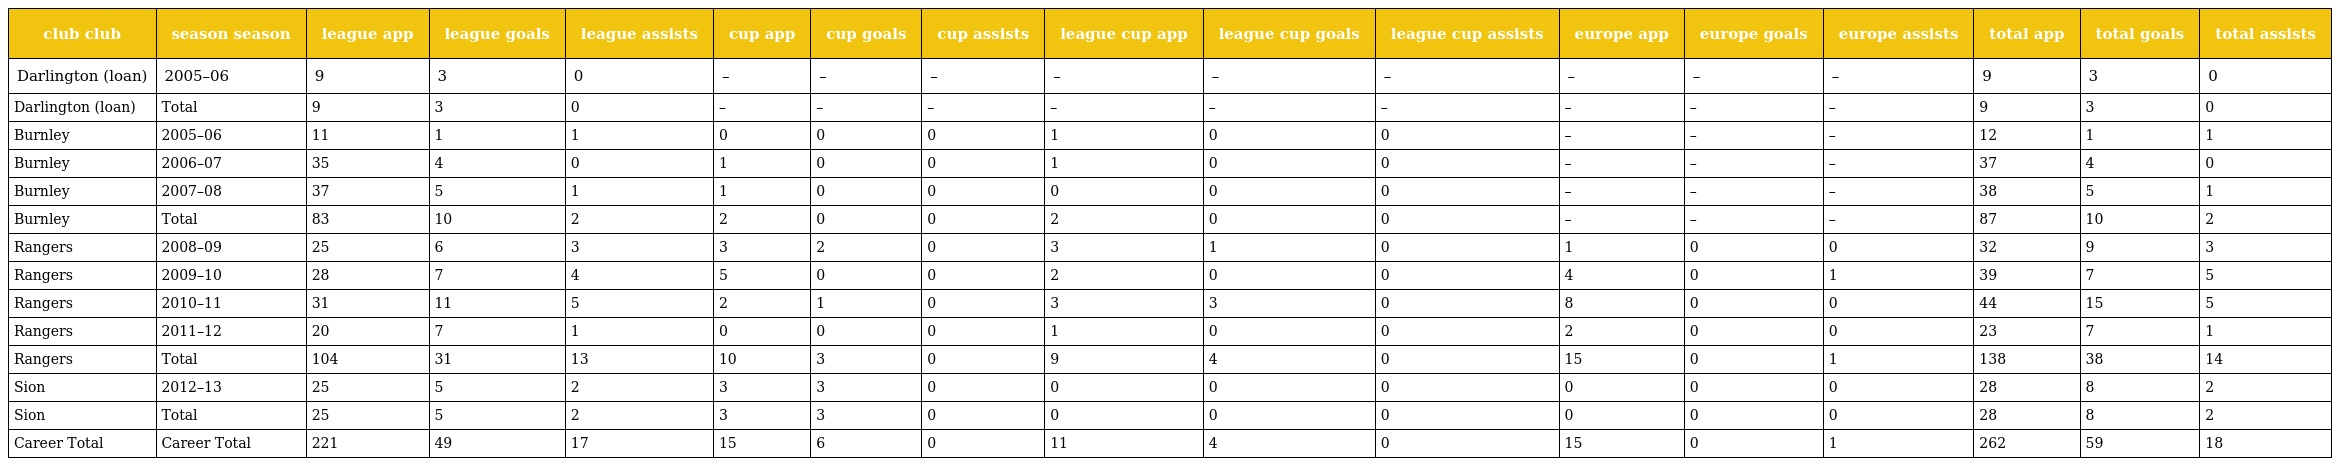
| club club | season season | league app | league goals | league assists | cup app | cup goals | cup assists | league cup app | league cup goals | league cup assists | europe app | europe goals | europe assists | total app | total goals | total assists |
 | --- | --- | --- | --- | --- | --- | --- | --- | --- | --- | --- | --- | --- | --- | --- | --- | --- |
 | Darlington (loan) | 2005–06 | 9 | 3 | 0 | – | – | – | – | – | – | – | – | – | 9 | 3 | 0 |
 | Darlington (loan) | Total | 9 | 3 | 0 | – | – | – | – | – | – | – | – | – | 9 | 3 | 0 |
 | Burnley | 2005–06 | 11 | 1 | 1 | 0 | 0 | 0 | 1 | 0 | 0 | – | – | – | 12 | 1 | 1 |
 | Burnley | 2006–07 | 35 | 4 | 0 | 1 | 0 | 0 | 1 | 0 | 0 | – | – | – | 37 | 4 | 0 |
 | Burnley | 2007–08 | 37 | 5 | 1 | 1 | 0 | 0 | 0 | 0 | 0 | – | – | – | 38 | 5 | 1 |
 | Burnley | Total | 83 | 10 | 2 | 2 | 0 | 0 | 2 | 0 | 0 | – | – | – | 87 | 10 | 2 |
 | Rangers | 2008–09 | 25 | 6 | 3 | 3 | 2 | 0 | 3 | 1 | 0 | 1 | 0 | 0 | 32 | 9 | 3 |
 | Rangers | 2009–10 | 28 | 7 | 4 | 5 | 0 | 0 | 2 | 0 | 0 | 4 | 0 | 1 | 39 | 7 | 5 |
 | Rangers | 2010–11 | 31 | 11 | 5 | 2 | 1 | 0 | 3 | 3 | 0 | 8 | 0 | 0 | 44 | 15 | 5 |
 | Rangers | 2011–12 | 20 | 7 | 1 | 0 | 0 | 0 | 1 | 0 | 0 | 2 | 0 | 0 | 23 | 7 | 1 |
 | Rangers | Total | 104 | 31 | 13 | 10 | 3 | 0 | 9 | 4 | 0 | 15 | 0 | 1 | 138 | 38 | 14 |
 | Sion | 2012–13 | 25 | 5 | 2 | 3 | 3 | 0 | 0 | 0 | 0 | 0 | 0 | 0 | 28 | 8 | 2 |
 | Sion | Total | 25 | 5 | 2 | 3 | 3 | 0 | 0 | 0 | 0 | 0 | 0 | 0 | 28 | 8 | 2 |
 | Career Total | Career Total | 221 | 49 | 17 | 15 | 6 | 0 | 11 | 4 | 0 | 15 | 0 | 1 | 262 | 59 | 18 |